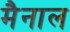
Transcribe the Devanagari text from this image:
मैनाल